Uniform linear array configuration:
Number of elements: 24
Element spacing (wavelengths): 0.5
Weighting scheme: kaiser
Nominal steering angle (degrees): -30
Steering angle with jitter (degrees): -31.833
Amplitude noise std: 0.05
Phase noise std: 0.05

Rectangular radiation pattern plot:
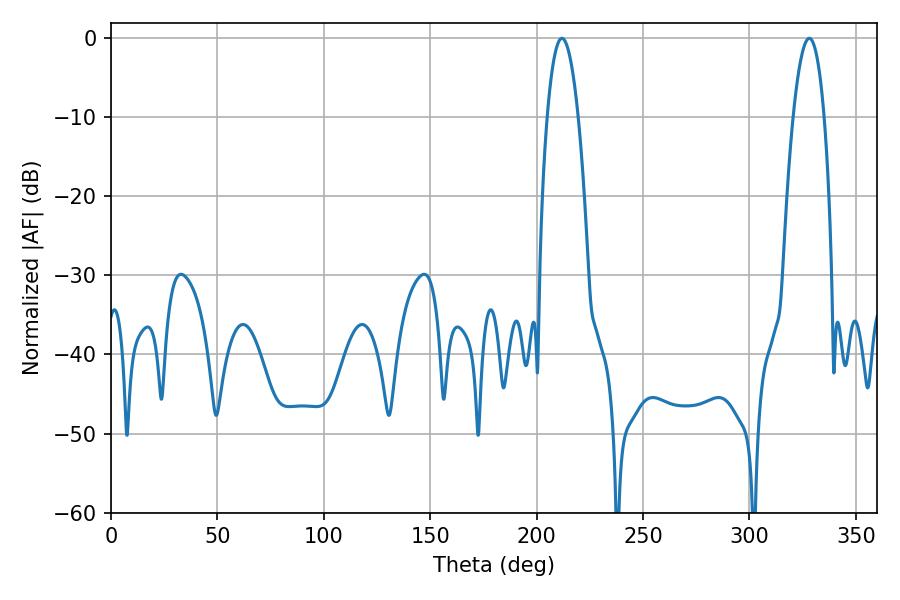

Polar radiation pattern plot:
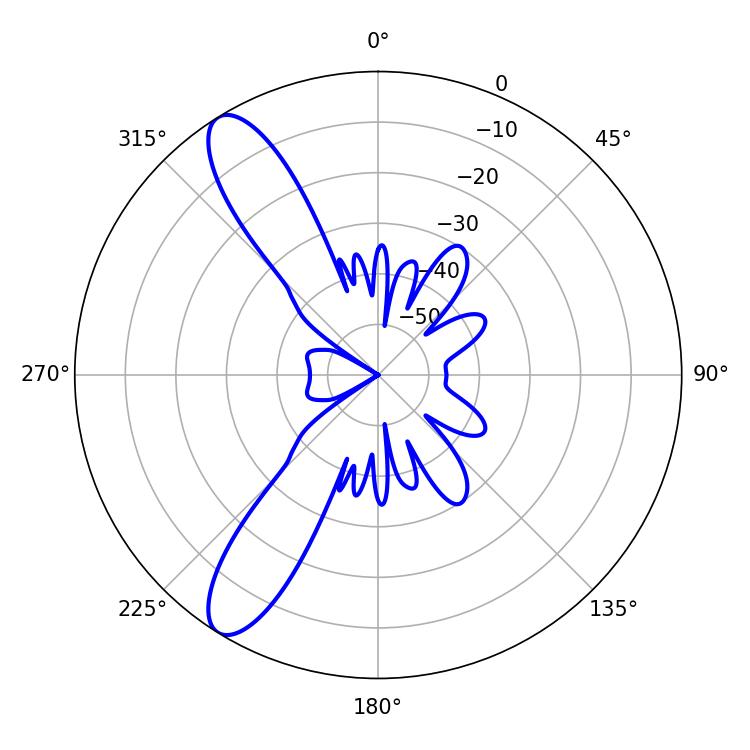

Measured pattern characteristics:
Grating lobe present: FALSE
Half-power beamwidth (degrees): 8.1
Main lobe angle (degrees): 211.86